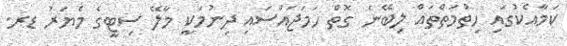
ކަމާއެކުގައި ހިތުމަތްތައް ލިބޭނެ ގޮތް ހަމަޖައްސައި ދިނުމަކީ މާލޭ ސިޓީގެ މެޔަރު ޑރ.